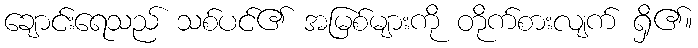
ချောင်းရေသည် သစ်ပင်၏ အမြစ်များကို တိုက်စားလျက် ရှိ၏။